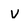
Character: v